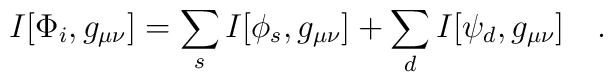
I[\Phi_i,g_{\mu\nu}]=\sum_s I[\phi_s,g_{\mu\nu}]+\sum_d I[\psi_d,g_{\mu\nu}]~~~.